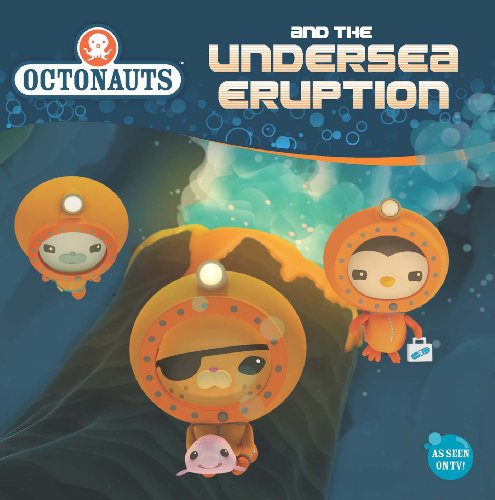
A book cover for Octonauts and the Undersea Eruption; Grosset & Dunlap; Children's Books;